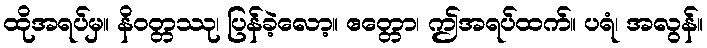
ထိုအရပ်မှ။ နိဝတ္တဿု၊ ပြန်ခဲ့လော့။ ဧတ္တော၊ ဤအရပ်ထက်။ ပရံ၊ အလွန်။